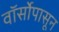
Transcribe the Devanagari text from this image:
वॉर्सोपासून